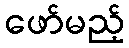
ဖော်မည့်